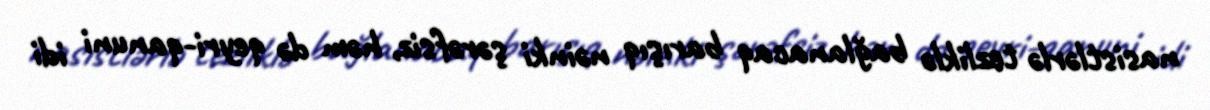
nasistlərlə tezliklə bağlanacaq barışıq nəinki şərəfsiz, həm də qeyri-qanuni idi